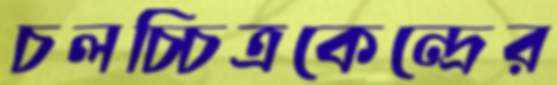
চলচ্চিত্রকেন্দ্রের